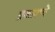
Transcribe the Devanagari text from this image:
प्रकाशचे